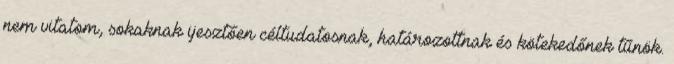
nem vitatom, sokaknak ijesztően céltudatosnak, határozottnak és kötekedőnek tűnök.